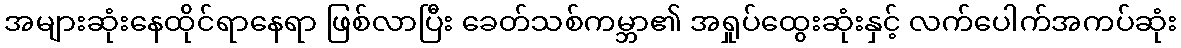
အများဆုံးနေထိုင်ရာနေရာ ဖြစ်လာပြီး ခေတ်သစ်ကမ္ဘာ၏ အရှုပ်ထွေးဆုံးနှင့် လက်ပေါက်အကပ်ဆုံး